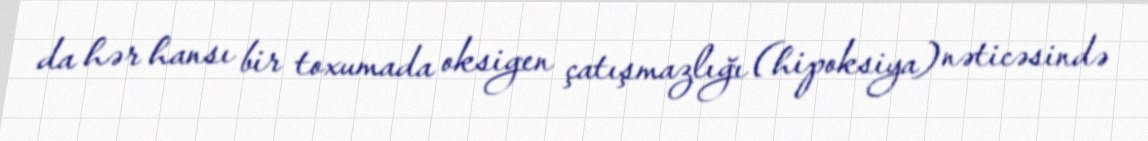
da hər hansı bir toxumada oksigen çatışmazlığı (hipoksiya) nəticəsində